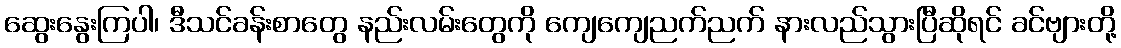
ဆွေးနွေးကြပါ၊ ဒီသင်ခန်းစာတွေ နည်းလမ်းတွေကို ကျေကျေညက်ညက် နားလည်သွားပြီဆိုရင် ခင်ဗျားတို့